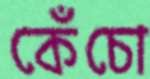
কেঁচো